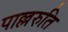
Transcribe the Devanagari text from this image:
पाल्लरुति